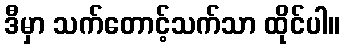
ဒီမှာ သက်တောင့်သက်သာ ထိုင်ပါ။